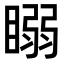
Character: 𥉧